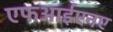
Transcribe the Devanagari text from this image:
एफआईएनए